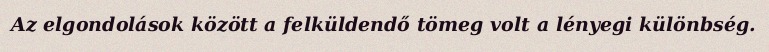
Az elgondolások között a felküldendő tömeg volt a lényegi különbség.